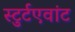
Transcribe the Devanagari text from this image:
स्टुर्टएवांट